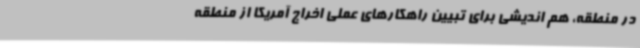
در منطقه، هم اندیشی برای تبیین راهکارهای عملی اخراج آمریکا از منطقه